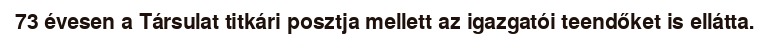
73 évesen a Társulat titkári posztja mellett az igazgatói teendőket is ellátta.